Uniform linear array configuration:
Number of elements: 64
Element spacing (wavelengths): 0.25
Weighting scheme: binomial
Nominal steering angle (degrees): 30
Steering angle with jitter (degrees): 30.245
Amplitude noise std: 0.05
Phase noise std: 0.05

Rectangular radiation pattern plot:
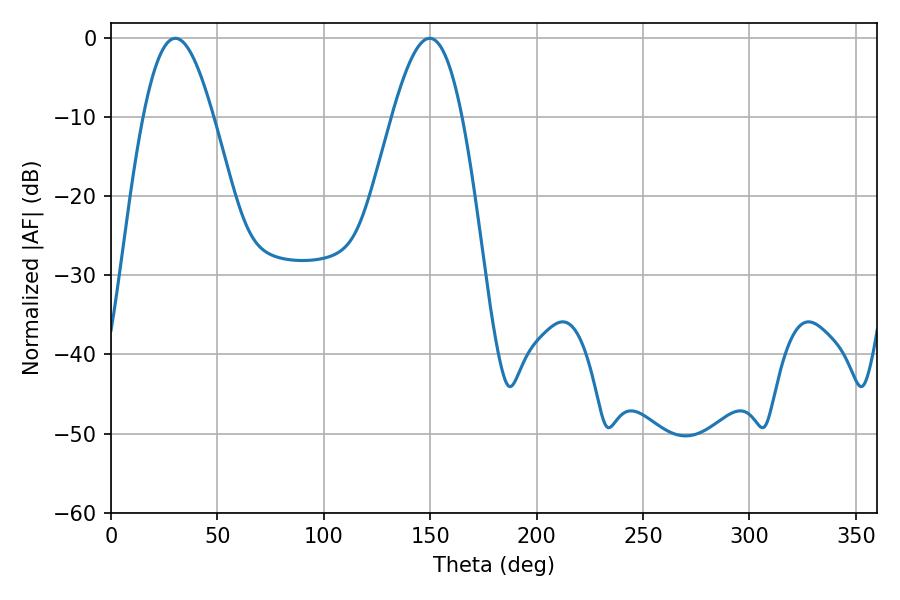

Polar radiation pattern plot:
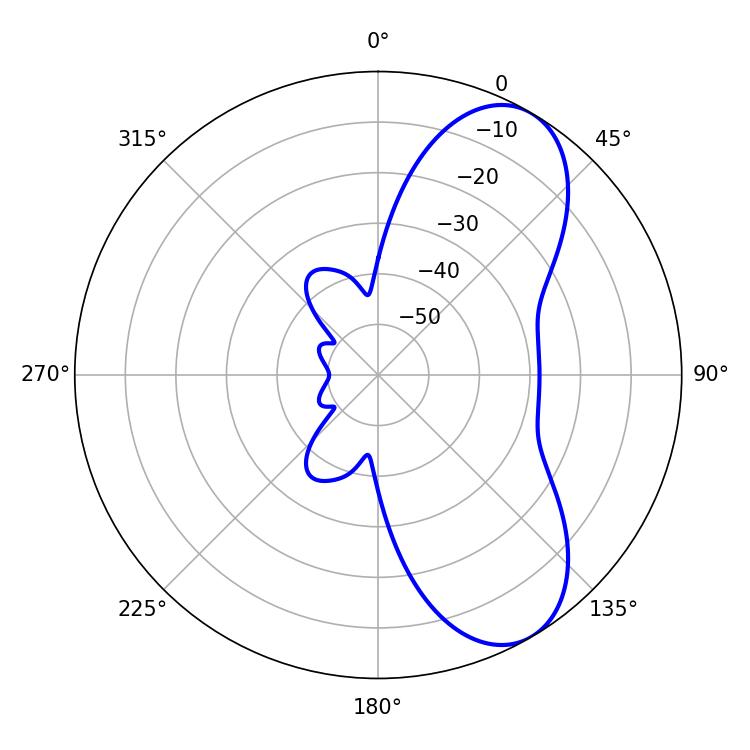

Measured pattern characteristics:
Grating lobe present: FALSE
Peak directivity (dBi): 7.601
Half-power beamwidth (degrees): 17.82
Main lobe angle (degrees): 30.24